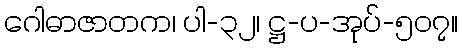
ဂေါဓာဇာတက၊ ပါ-၃၂၊ ဋ္ဌ-ပ-အုပ်-၅၀၇။